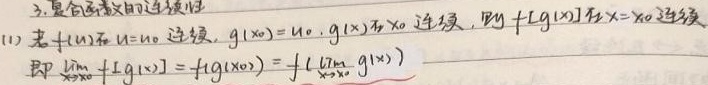
3. 复合函数的连续性
(1) 若\(f(u)\)在\(u = u_0\)连续，\(g(x_0)=u_0\)，\(g(x)\)在\(x_0\)连续，则\(f[g(x)]\)在\(x = x_0\)连续，即\(\lim_{x \to x_0}f[g(x)]=f(g(x_0))=f\left(\lim_{x \to x_0}g(x)\right)\)